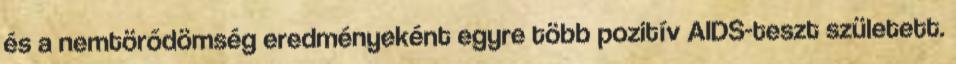
és a nemtörődömség eredményeként egyre több pozitív AIDS-teszt született.